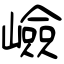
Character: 嶮